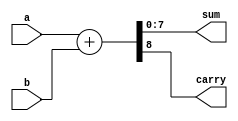
module ParameterizedAdder #(
    parameter WIDTH = 8  // Default width of the inputs and output
)(
    input  wire [WIDTH-1:0] a,  // First operand
    input  wire [WIDTH-1:0] b,  // Second operand
    output reg  [WIDTH-1:0] sum, // Result of the addition
    output reg               carry // Carry-out flag
);

// Always block for addition operation
always @(*) begin
    {carry, sum} = a + b; // Perform addition with carry
end

endmodule